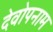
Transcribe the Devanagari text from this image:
देवोपनाम